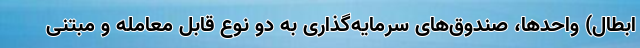
ابطال) واحدها، صندوق‌های سرمایه‌گذاری به دو نوع قابل معامله و مبتنی